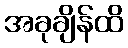
အခုချိန်ထိ